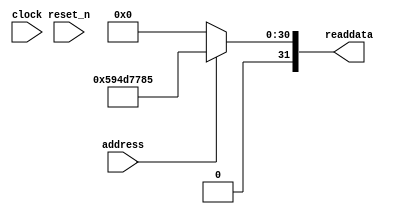
// (C) 2001-2016 Intel Corporation. All rights reserved.
// Your use of Intel Corporation's design tools, logic functions and other 
// software and tools, and its AMPP partner logic functions, and any output 
// files any of the foregoing (including device programming or simulation 
// files), and any associated documentation or information are expressly subject 
// to the terms and conditions of the Intel Program License Subscription 
// Agreement, Intel MegaCore Function License Agreement, or other applicable 
// license agreement, including, without limitation, that your use is for the 
// sole purpose of programming logic devices manufactured by Intel and sold by 
// Intel or its authorized distributors.  Please refer to the applicable 
// agreement for further details.


//Legal Notice: (C)2010 Altera Corporation. All rights reserved.  Your
//use of Altera Corporation's design tools, logic functions and other
//software and tools, and its AMPP partner logic functions, and any
//output files any of the foregoing (including device programming or
//simulation files), and any associated documentation or information are
//expressly subject to the terms and conditions of the Altera Program
//License Subscription Agreement or other applicable license agreement,
//including, without limitation, that your use is for the sole purpose
//of programming logic devices manufactured by Altera and sold by Altera
//or its authorized distributors.  Please refer to the applicable
//agreement for further details.

// synthesis translate_off
`timescale 1ns / 1ps
// synthesis translate_on

// turn off superfluous verilog processor warnings 
// altera message_level Level1 
// altera message_off 10034 10035 10036 10037 10230 10240 10030 

module MebX_Qsys_Project_sysid_qsys (
               // inputs:
                address,
                clock,
                reset_n,

               // outputs:
                readdata
             )
;

  output  [ 31: 0] readdata;
  input            address;
  input            clock;
  input            reset_n;

  wire    [ 31: 0] readdata;
  //control_slave, which is an e_avalon_slave
  assign readdata = address ? 1498249093 : 0;

endmodule